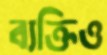
ব্যক্তিও